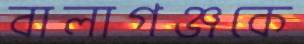
বালাগঞ্জকে